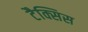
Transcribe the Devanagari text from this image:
टैक्सिस